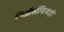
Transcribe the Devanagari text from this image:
थिऑसॉफिस्टही